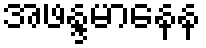
အဖန္ဒမာနေန